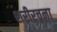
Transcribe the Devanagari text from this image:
शरीरचना